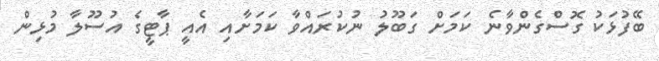
ބޭފުޅަކު ގޮސްގެންވާނެ ކަމަށް ގަބޫލު ނުކުރައްވާ ކަމަށާއި އެއީ ޕާޓީގެ އުސޫލާ މުޅިން